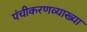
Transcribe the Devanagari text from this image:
पंचीकरणव्याख्या